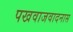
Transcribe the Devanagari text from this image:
पखवाजवादनास